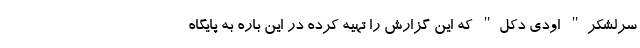
سرلشکر" اودی دکل" که این گزارش را تهیه کرده در این باره به پایگاه